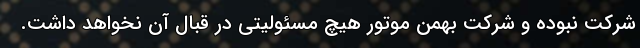
شرکت نبوده و شرکت بهمن موتور هیچ مسئولیتی در قبال آن نخواهد داشت.